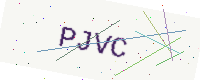
Text: PJVC